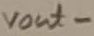
Text: vout-